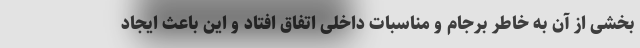
بخشی از آن به خاطر برجام و مناسبات داخلی اتفاق افتاد و این باعث ایجاد